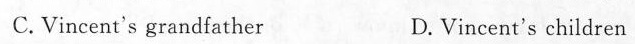
C. Vincent's grandfather D.Vincent's children